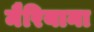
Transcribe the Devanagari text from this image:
मैरियाना